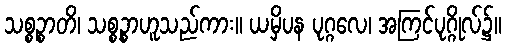
သစ္စဉ္စာတိ၊ သစ္စဉ္စာဟူသည်ကား။ ယမှိပန ပုဂ္ဂလေ၊ အကြင်ပုဂ္ဂိုလ်၌။